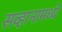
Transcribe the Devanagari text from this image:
सव्हानामध्ये